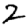
Digit: 2